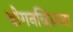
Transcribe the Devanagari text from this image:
बोगनव्हिलला